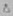
Text: 8